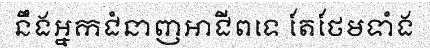
នឹងអ្នកជំនាញអាជីពទេ តែថែមទាំង